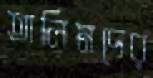
তালিমদের